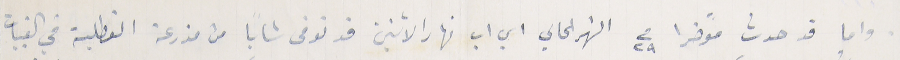
واما قد حدث مؤخرا فى ٢٩ الشهر الحالي اي اب نهار الاثنين قد توفى شاباً من مزرعة القطلبة في القبيات